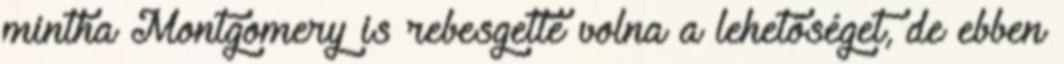
mintha Montgomery is rebesgette volna a lehetőséget, de ebben